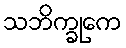
သဘိက္ခုကေ